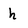
Character: h